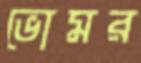
ভোমর